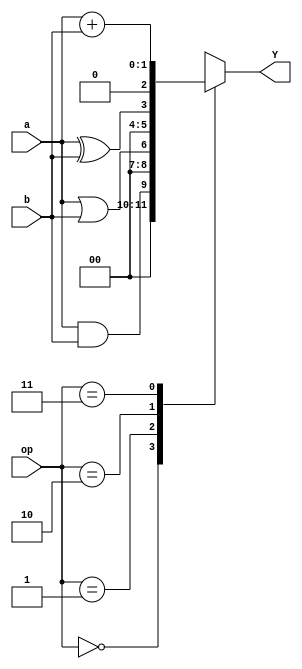
module ALU_1_bit(a, b, op, Y); 
      input a, b;
      input [1:0] op;
      output [2:0] Y;
      reg Y;
      always@(a or b or op)
          begin
               case (op)
                  2'b00:  Y = a&b;   // AND
                  2'b01:  Y = a|b;   // OR
                  2'b10:  Y = a^b;    // XOR
                  2'b11:  Y = a+b;    // addition
               endcase
      end
endmodule